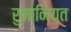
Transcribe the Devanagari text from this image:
रुमानियत